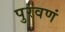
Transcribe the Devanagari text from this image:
पुरवणं